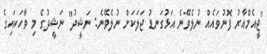
"ޖީއެމްއާރު ފޮނުވައެއް ނުލެވޭނެ އަޅުގަނޑު ޖަލަކަށް ނުލެވޭނެ: ނަޝީދު" ނަޝީދުގެ މި ވާހަކައިގެ